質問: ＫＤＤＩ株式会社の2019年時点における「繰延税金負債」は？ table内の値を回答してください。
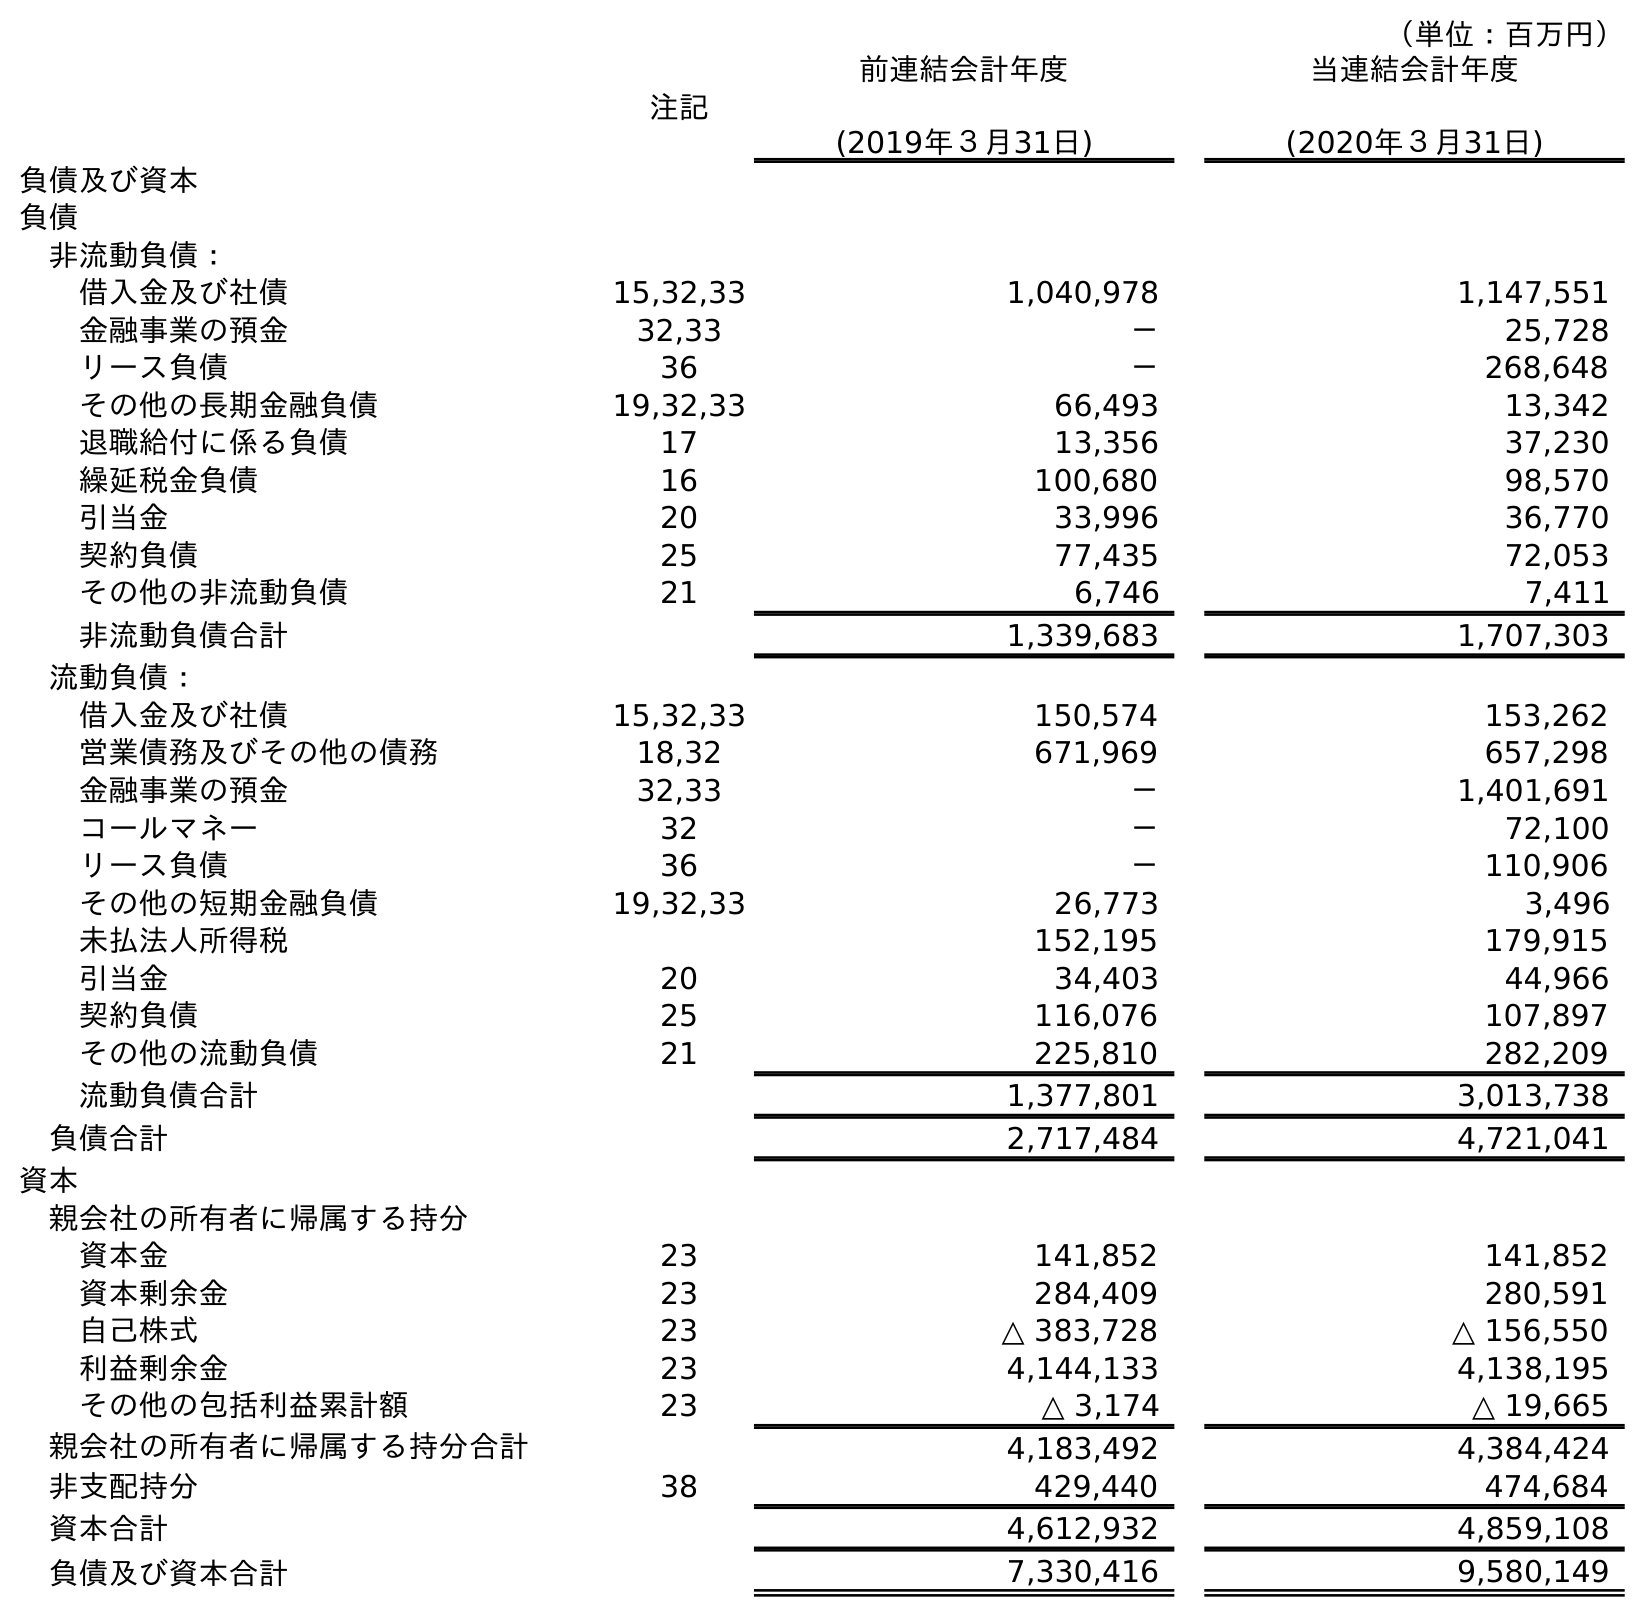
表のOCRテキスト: （単位：百万円） 注記 前連結会計年度 (2019年３月31日) 当連結会計年度 (2020年３月31日) 負債及び資本 負債 非流動負債： 借入金及び社債 15,32,33 1,040,978 1,147,551 金融事業の預金 32,33 － 25,728 リース負債 36 － 268,648 その他の長期金融負債 19,32,33 66,493 13,342 退職給付に係る負債 17 13,356 37,230 繰延税金負債 16 100,680 98,570 引当金 20 33,996 36,770 契約負債 25 77,435 72,053 その他の非流動負債 21 6,746 7,411 非流動負債合計 1,339,683 1,707,303 流動負債： 借入金及び社債 15,32,33 150,574 153,262 営業債務及びその他の債務 18,32 671,969 657,298 金融事業の預金 32,33 － 1,401,691 コールマネー 32 － 72,100 リース負債 36 － 110,906 その他の短期金融負債 19,32,33 26,773 3,496 未払法人所得税 152,195 179,915 引当金 20 34,403 44,966 契約負債 25 116,076 107,897 その他の流動負債 21 225,810 282,209 流動負債合計 1,377,801 3,013,738 負債合計 2,717,484 4,721,041 資本 親会社の所有者に帰属する持分 資本金 23 141,852 141,852 資本剰余金 23 284,409 280,591 自己株式 23 △ 383,728 △ 156,550 利益剰余金 23 4,144,133 4,138,195 その他の包括利益累計額 23 △ 3,174 △ 19,665 親会社の所有者に帰属する持分合計 4,183,492 4,384,424 非支配持分 38 429,440 474,684 資本合計 4,612,932 4,859,108 負債及び資本合計 7,330,416 9,580,149
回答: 100,680